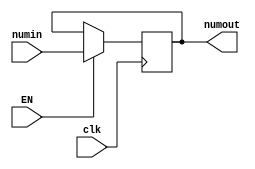
module REG1(clk,EN,numin,numout);
    input clk,EN;
    input [3:0] numin;
    output [3:0] numout;
    reg [3:0] numout;
    always @(posedge clk)
    if(EN)
        numout = numin;
endmodule

module ROTATOR (clk, Enable, numo, numrotated);
    input [3:0] numo;
    input clk,Enable;
    output [3:0] numrotated;
    reg [3:0] numrotated;
    always @(posedge clk) begin
        if(Enable)
            {numrotated} = {numo[0],numo[3:1]};
    end
endmodule

module MULTIPLIER(op1, op2, product);
    input [3:0] op1,op2;
    output reg [7:0] product;
    always @(op1 or op2)
        product=op1*op2;
endmodule

module DECODER (sel, out1);
    input [3:0] sel;
    output reg [15:0] out1;
    always @(sel)
        out1 = 16'b0000000000000001 << sel;
endmodule

module MEMORY(WE, DataToWrite, RegSel, ReadData);
  input WE;
  input [7:0] DataToWrite;
  input [15:0]  RegSel;
  output  [7:0] ReadData;
  reg [7:0] ReadData;
  reg [7:0] Mem [0:15];
  always  @ (WE or DataToWrite or RegSel) begin
    case(RegSel)
      16'h8000: begin
        if(WE)
          Mem[4'h0] = DataToWrite;
        {ReadData} = Mem[4'h0];
      end
      16'h4000: begin
        if(WE)
          Mem[4'h1] = DataToWrite;
        {ReadData} = Mem[4'h1];
      end
      16'h2000: begin
        if(WE)
          Mem[4'h2] = DataToWrite;
        {ReadData} = Mem[4'h2];
      end
      16'h1000: begin
        if(WE)
          Mem[4'h3] = DataToWrite;
        {ReadData} = Mem[4'h3];
      end
      16'h0800: begin
        if(WE)
          Mem[4'h4] = DataToWrite;
        {ReadData} = Mem[4'h4];
      end
      16'h0400: begin
        if(WE)
          Mem[4'h5] = DataToWrite;
        {ReadData} = Mem[4'h5];
      end
      16'h0200: begin
        if(WE)
          Mem[4'h6] = DataToWrite;
        {ReadData} = Mem[4'h6];
      end
      16'h0100: begin
        if(WE)
          Mem[4'h7] = DataToWrite;
        {ReadData} = Mem[4'h7];
      end
      16'h0080: begin
        if(WE)
          Mem[4'h8] = DataToWrite;
        {ReadData} = Mem[4'h8];
      end
      16'h0040: begin
        if(WE)
          Mem[4'h9] = DataToWrite;
        {ReadData} = Mem[4'h9];
      end
      16'h0020: begin
        if(WE)
          Mem[4'hA] = DataToWrite;
        {ReadData} = Mem[4'hA];
      end
      16'h0010: begin
        if(WE)
          Mem[4'hB] = DataToWrite;
        {ReadData} = Mem[4'hB];
      end
      16'h0008: begin
        if(WE)
          Mem[4'hC] = DataToWrite;
        {ReadData} = Mem[4'hC];
      end
      16'h0004: begin
        if(WE)
          Mem[4'hD] = DataToWrite;
        {ReadData} = Mem[4'hD];
      end
      16'h0002: begin
        if(WE)
          Mem[4'hE] = DataToWrite;
        {ReadData} = Mem[4'hE];
      end
      16'h0001: begin
        if(WE)
          Mem[4'hF] = DataToWrite;
        {ReadData} = Mem[4'hF];
      end
    endcase
  end
endmodule

module DATAPATH(Num, Key, StoredValue);
  input [3:0] Num, Key;
  output  [7:0] StoredValue;

  reg clock, EN, WE;
  reg [3:0] sel;
  wire  [3:0] RegOut, RotOut1, RotOut2;
  wire  [7:0] Encrypt;
  wire  [15:0]  Addr;

  initial 
    begin
      #0  clock = 1'b1; EN = 1'b1; WE = 1'b1; sel = 4'h8;
    end
  
  always
    #2  clock = ~clock;
  
  REG1  mod1(clock, EN, Num, RegOut);
  ROTATOR mod2(clock, EN, RegOut, RotOut1);
  ROTATOR mod3(clock, EN, RotOut1, RotOut2);
  MULTIPLIER  mod4(RotOut2, Key, Encrypt);
  DECODER mod5(sel, Addr);
  MEMORY  mod6(WE, Encrypt, Addr, StoredValue);
endmodule

module TESTBENCH;
  reg [3:0] Num, Key;
  wire  [7:0] StoredValue;

  DATAPATH  mod(Num, Key, StoredValue);
  
  initial begin
    $monitor($time, " Number = %b, Key = %b, StoredValue = %b.", Num, Key, StoredValue);
    #0  Num = 4'b1000;  Key = 4'b1000;
    #20 Num = 4'b1001;  Key = 4'b1000;
    #20 Num = 4'b1100;  Key = 4'b1010;
    #20 Num = 4'b1011;  Key = 4'b1110;
    #50 $finish;
  end
endmodule